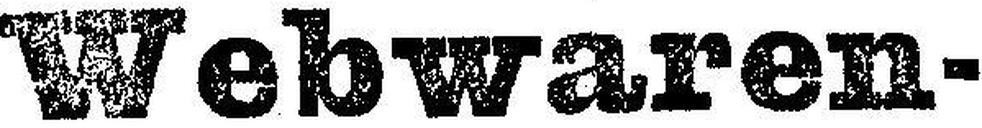
Webwaren-